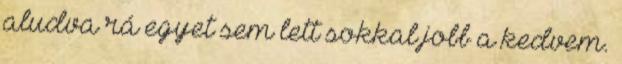
aludva rá egyet sem lett sokkal jobb a kedvem.